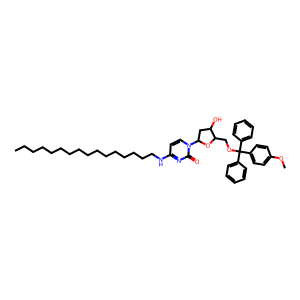
SMILES: CCCCCCCCCCCCCCCCNc1ccn(C2CC(O)C(COC(c3ccccc3)(c3ccccc3)c3ccc(OC)cc3)O2)c(=O)n1
Inhibits HIV replication: No